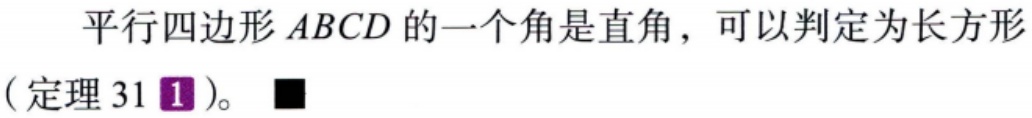
平行四边形\(ABCD\)的一个角是直角，可以判定为长方形（定理31\({\color{magenta}1}\)）。\(\blacksquare\)